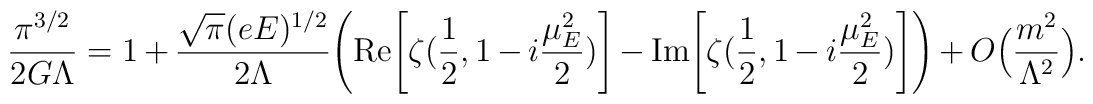
\frac{\pi^{3/2}}{2G\Lambda}=1+\frac{\sqrt\pi(eE)^{1/2}}{2\Lambda}\Bigg( \mbox{Re}\Bigg[ \zeta \big(\frac12,1-i\frac{\mu_E^2}{2}\big)\Bigg]-\mbox{Im}\Bigg[ \zeta \big(\frac12,1-i\frac{\mu_E^2}{2}\big)\Bigg]\Bigg) +O\Big(\frac{m^2}{\Lambda^2}\Big).